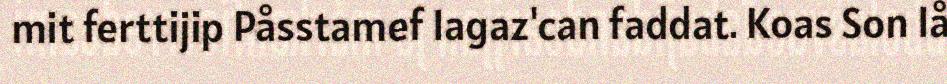
mit ferttijip Påsstamef Iagaz'can faddat. Koas Son Iå